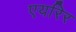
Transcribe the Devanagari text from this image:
एयरिर